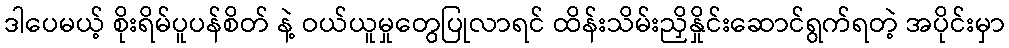
ဒါပေမယ့် စိုးရိမ်ပူပန်စိတ် နဲ့ ဝယ်ယူမှုတွေပြုလာရင် ထိန်းသိမ်းညှိနှိုင်းဆောင်ရွက်ရတဲ့ အပိုင်းမှာ